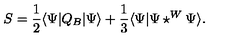
S = { \frac { 1 } { 2 } } \langle \Psi | Q _ { B } | \Psi \rangle + { \frac { 1 } { 3 } } \langle \Psi | \Psi \star ^ { W } \Psi \rangle .